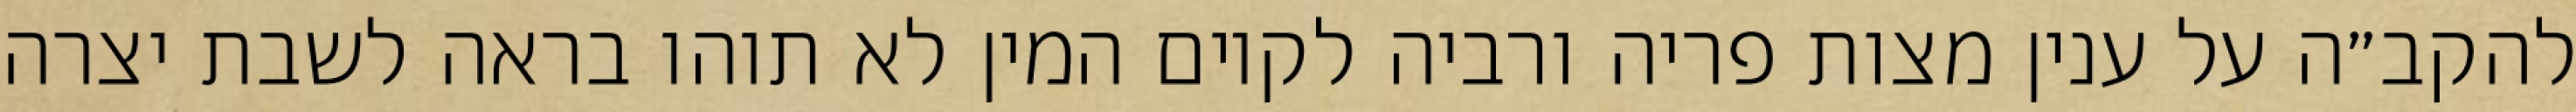
להקב״ה על ענין מצות פריה ורביה לקיום המין לא תוהו בראה לשבת יצרה